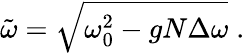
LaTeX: \tilde{\omega}=\sqrt{\omega_{0}^{2}-gN\Delta\omega}\; .